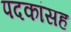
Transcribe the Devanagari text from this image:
पदकांसह